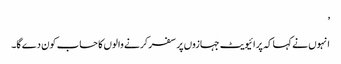
’
انہوں نے کہا کہ پرائیویٹ جہازوں پر سفر کرنے والوں کا حساب کون دے گا۔